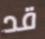
قد